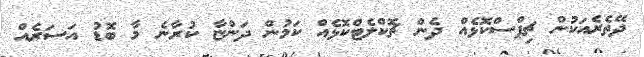
ދޭތެރެއަކުން ޗިޕްސްކޮޅެއް ދެން ޗޮކްލެޓްކޮޅެއް ކަމުން ދަންޏާ ކުރާނެ މާ ބޮޑު އަސަރެއް